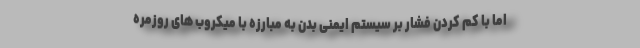
اما با کم کردن فشار بر سیستم ایمنی بدن به مبارزه با میکروب های روزمره